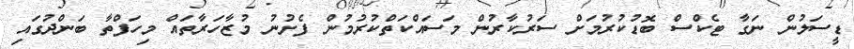
ޑީސަލުން ނަގާ ޓެކްސް ބޮޑުކުރުމަށް ސަރުކާރުން މަސައްކަތްކުރުމުން ފެށުނު މުޒާހަރާތައް މިހަފްތާ ބަންދުގައި